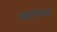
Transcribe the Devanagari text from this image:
चाहपान